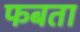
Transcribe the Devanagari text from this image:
फबता